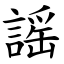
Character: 謡